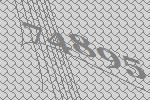
74895